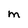
Character: M